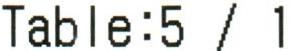
TABLE:5 / 1